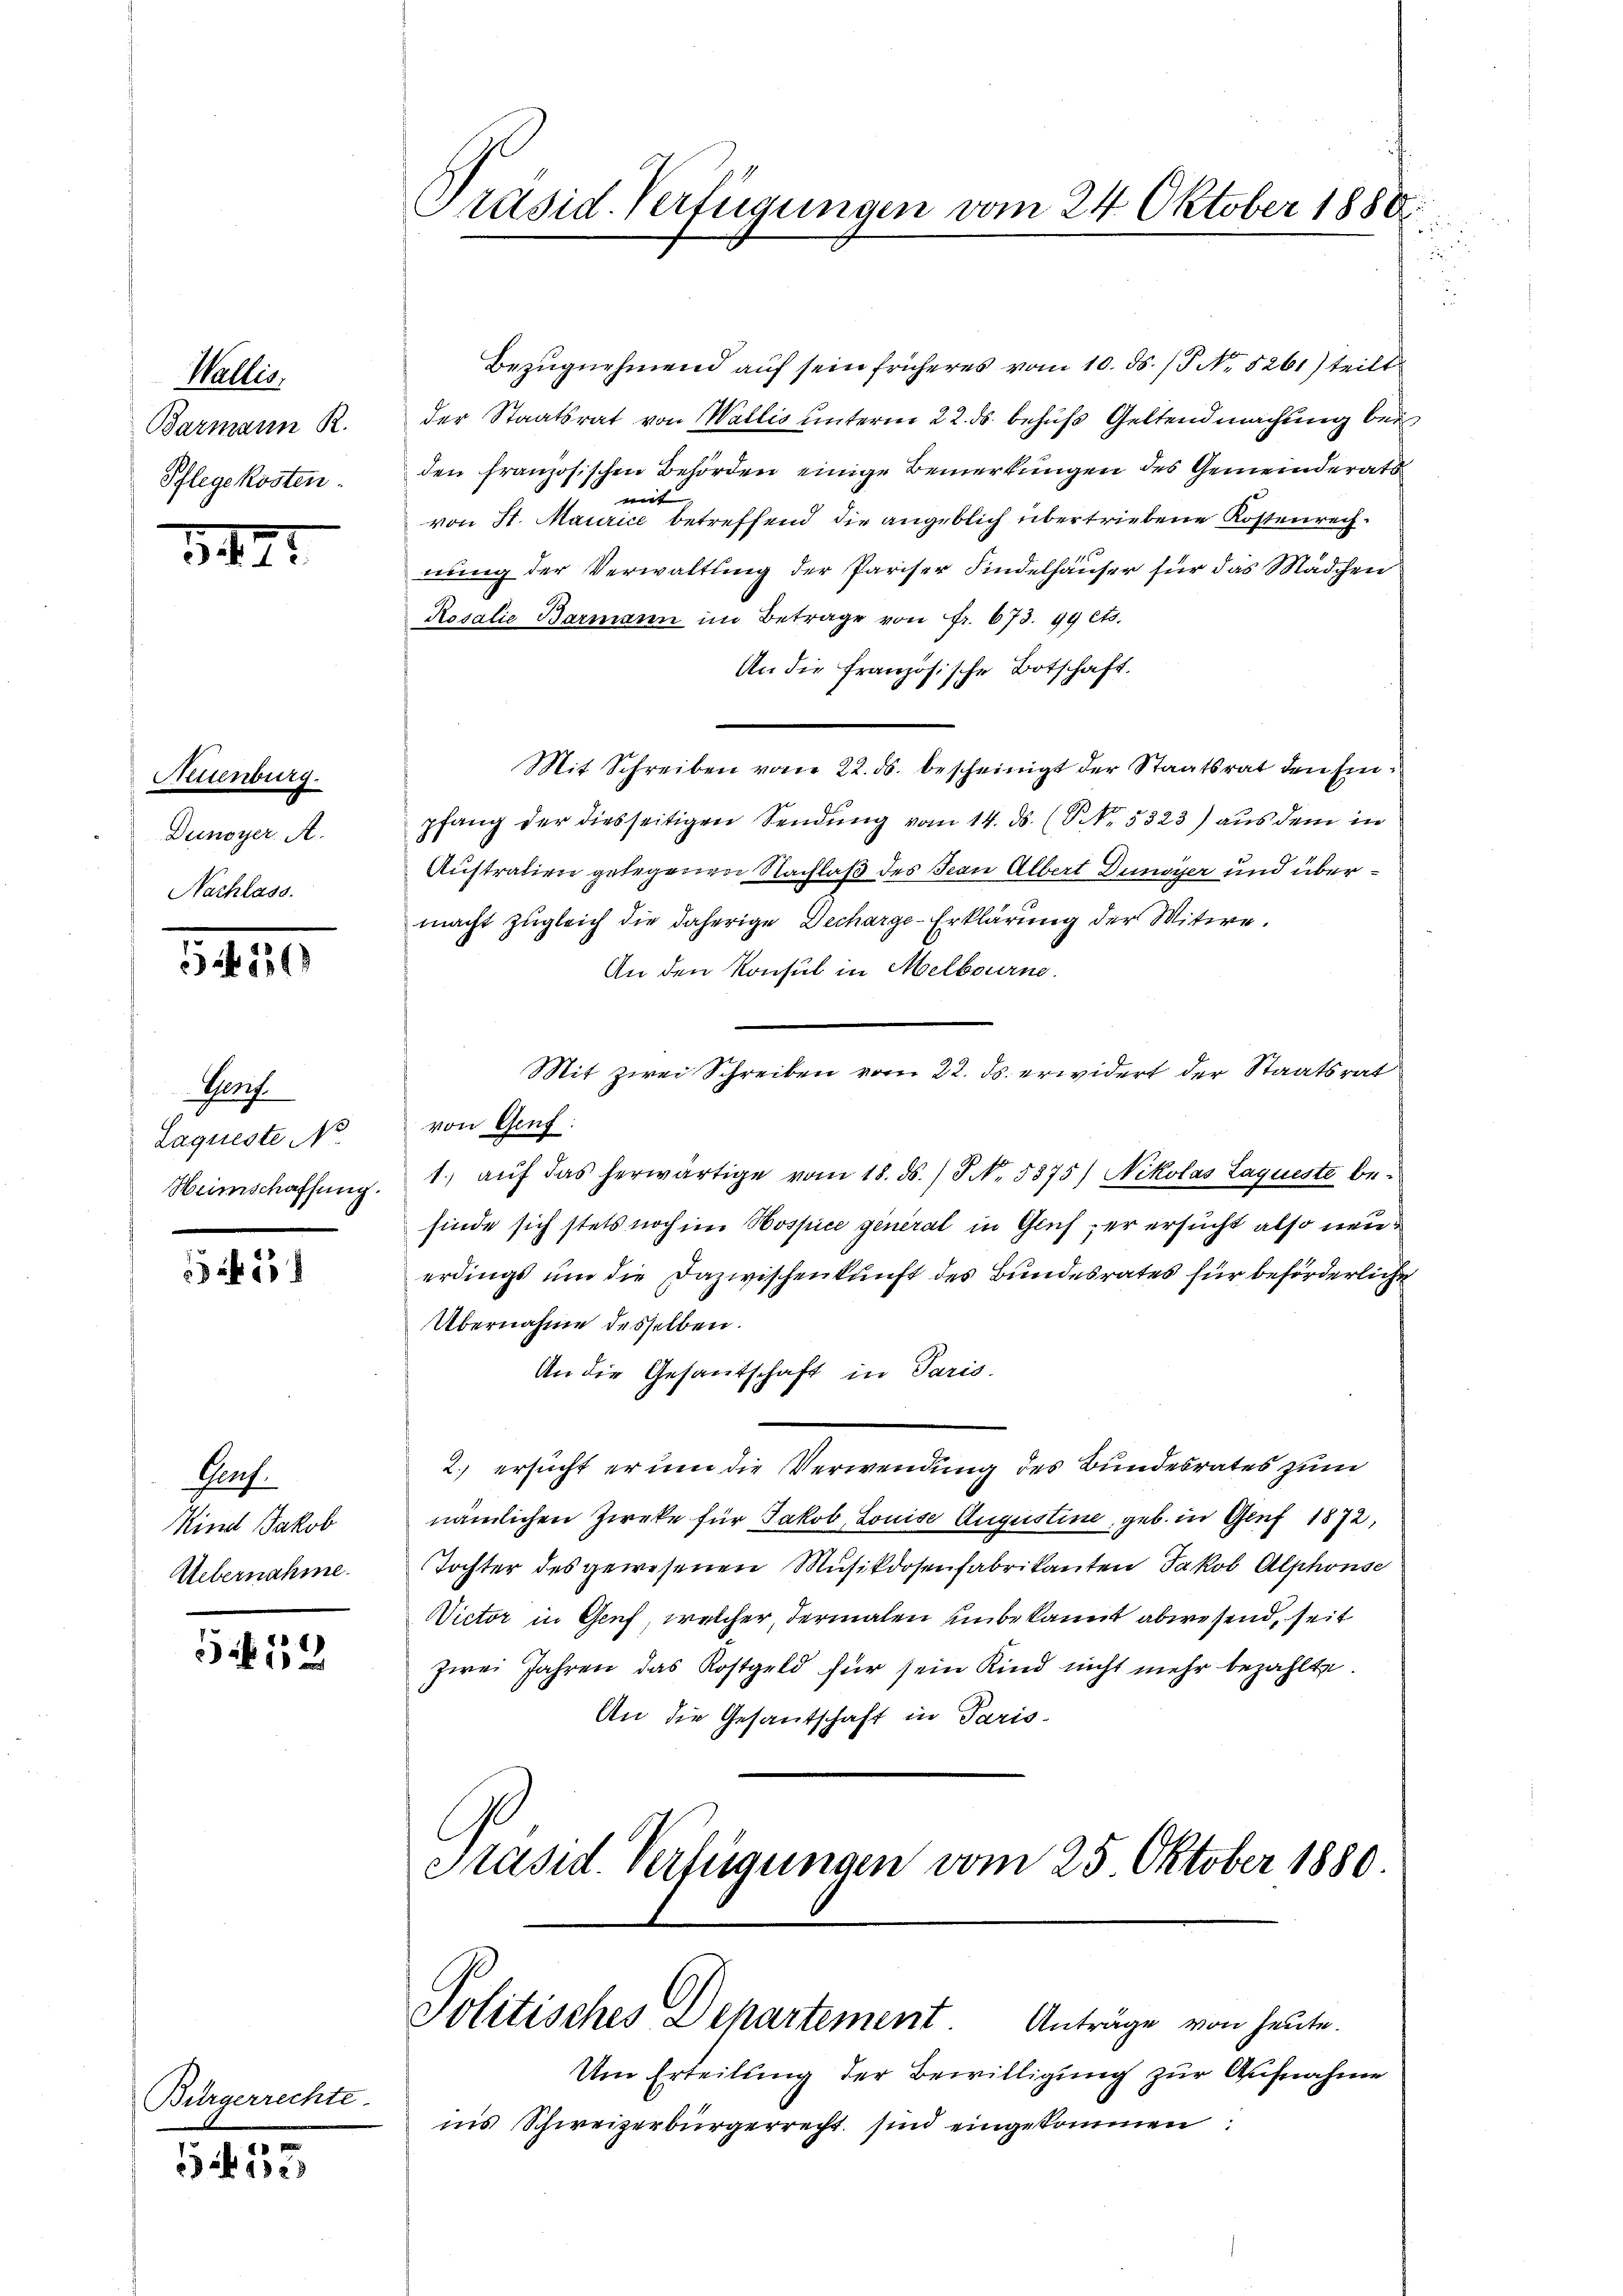
Wallis.
Barmann R.
Pflegekosten.

349

Neuenburg.
Dunoyer A.
Nachlass.

34136)

Genf.
Laqueste No
Heimschaffung.

551

Porf.
Kind Jakob
Uebernahme.

552

Bürgerrechte.

5453

Präsid. Verfügungen vom 24. Oktober 1880.

Bezugnehmend auf sein früheres vom 10. ds. / No. 5261) teilt
der Staatsrat von Wallis unterm 22. ds. behuf Geltendmachung bei
den französischen Behörden einige Bemerkungen des Gemeinderath
mirt |
von St. Maurice betreffend die angeblich übertriebene Kostenrechnung der Verwaltung der Pariser Findelhäuser für das Mädchen
Rosalie Barmann im Betrage von Fr. 673. 99 cts.
An die französische Botschaft.
Mit Schreiben vom 22. ds. bescheinigt der Staatsrat den Einpfang der diesseitigen Sendung vom 14. ds. (N. 5323) aus dem in
Austration gelegenen Nachlaß des Jean Albert Dunoyer und übermacht zugleich die daherige Decharge-Erklärung der Witwe.
An den Konsul in Melbourne
Mit zwei Schreiben vom 22. ds. erwidert der Staatsrat
von Genf.
1.) auf das herwärtige vom 18. ds.) S. 5875) Nikolas Laqueste befinde sich stets noch im Hospice general in Genf, er ersucht also neuerdings um die Dazwischenkunft des Bundesrates für beförderliche
Übernahme desselben.
An die Gesandschaft in Paris.
2.) ersucht er um die Verwendung des Bundesrates zum
nämlichen Zieke für Jakob Louise Augustine, geb. in Genf 1872,
Tochter des gewesenen Musikdosenfabrikanten Jakob Alphonse
Victor in Genf, welcher, dermalen unbekannt abwesend, seit
zwei Jahren das Kostgeld für sein Kind nicht mehr bezahlte.
An die Gesandschaft in Paris-
Präsid. Verfügungen vom 25. Oktober 1880.

Politisches Departement. Anträge von heute.

Um Erteilung der Bewilligung zur Aufnahme
ins Schweizerbürgerrecht sind eingekommen: